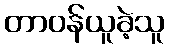
တာဝန်ယူခဲ့သူ